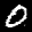
Label: 0